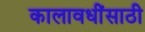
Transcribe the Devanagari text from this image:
कालावधींसाठी